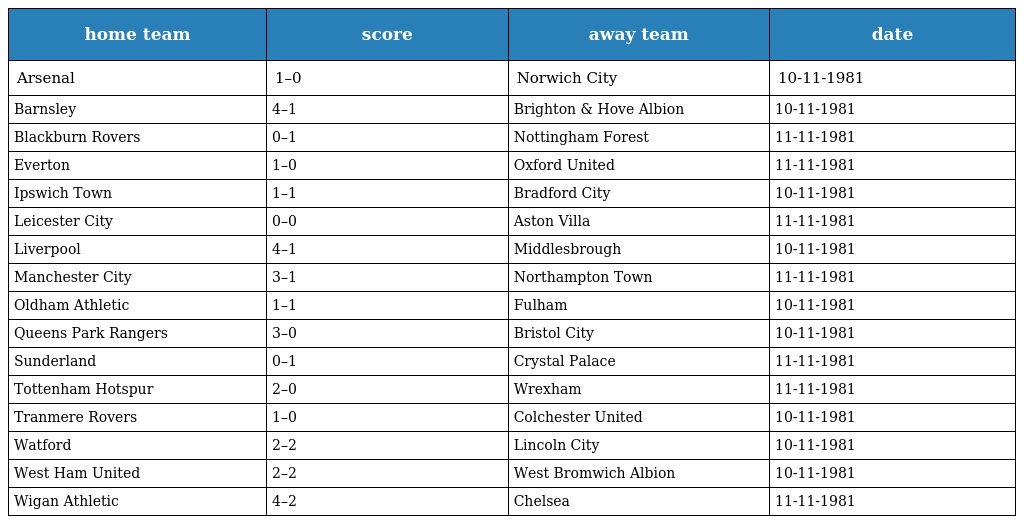
| home team | score | away team | date |
 | --- | --- | --- | --- |
 | Arsenal | 1–0 | Norwich City | 10-11-1981 |
 | Barnsley | 4–1 | Brighton & Hove Albion | 10-11-1981 |
 | Blackburn Rovers | 0–1 | Nottingham Forest | 11-11-1981 |
 | Everton | 1–0 | Oxford United | 11-11-1981 |
 | Ipswich Town | 1–1 | Bradford City | 10-11-1981 |
 | Leicester City | 0–0 | Aston Villa | 11-11-1981 |
 | Liverpool | 4–1 | Middlesbrough | 10-11-1981 |
 | Manchester City | 3–1 | Northampton Town | 11-11-1981 |
 | Oldham Athletic | 1–1 | Fulham | 10-11-1981 |
 | Queens Park Rangers | 3–0 | Bristol City | 10-11-1981 |
 | Sunderland | 0–1 | Crystal Palace | 11-11-1981 |
 | Tottenham Hotspur | 2–0 | Wrexham | 11-11-1981 |
 | Tranmere Rovers | 1–0 | Colchester United | 10-11-1981 |
 | Watford | 2–2 | Lincoln City | 10-11-1981 |
 | West Ham United | 2–2 | West Bromwich Albion | 10-11-1981 |
 | Wigan Athletic | 4–2 | Chelsea | 11-11-1981 |